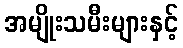
အမျိုးသမီးများနှင့်